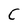
Character: C